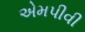
એમપીવી